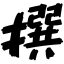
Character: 撰